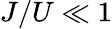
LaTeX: J/U\ll 1